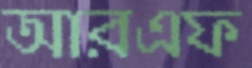
আরএফ